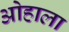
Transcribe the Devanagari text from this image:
ओहाला